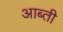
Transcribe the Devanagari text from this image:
आब्ती